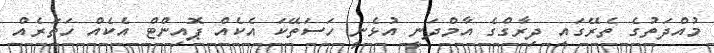
މުއްދަތުގެ ތެރޭގައި ދިރާގްގެ އާމްދަނީ އުޅެނީ ހަސަތޭކަ އެކެއް ޕޮއިންޓް އެކެއް ހަތަރެއް